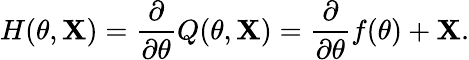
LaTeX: H(\theta,\mathbf{X})={\frac{{\partial}}{{\partial\theta}}}Q(\theta,\mathbf{X})={\frac{{\partial}}{{\partial\theta}}}f(\theta)+\mathbf{X}.